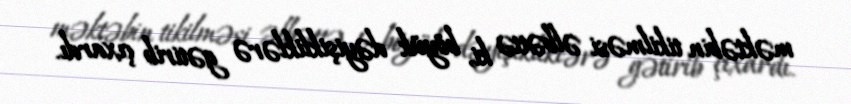
məktəbin tikilməsi əlbəttə ki, böyük dəyişikliklərə gətirib çıxardı.